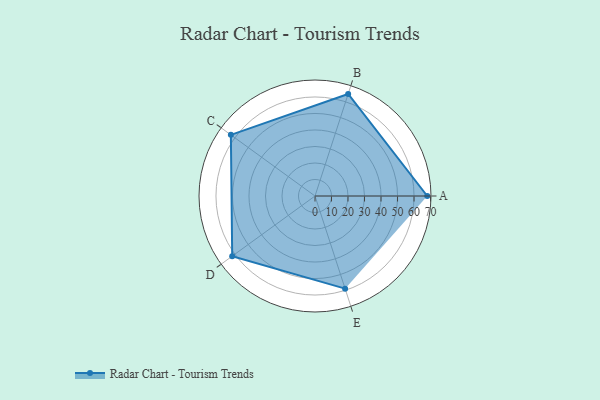
{"axis": {"x": "Skill", "y": "Score"}, "legend": ["Profile"], "data": [{"x": "A", "y": 68.0, "type": "Profile"}, {"x": "B", "y": 65.0, "type": "Profile"}, {"x": "C", "y": 63.0, "type": "Profile"}, {"x": "D", "y": 62.0, "type": "Profile"}, {"x": "E", "y": 59.0, "type": "Profile"}]}